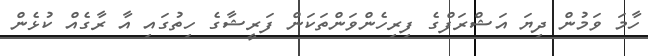
ހާމަ ވަމުން ދިޔަ އަޝްރަފްގެ ފިރިހެންވަންތަކަން ފަރީޝާގެ ހިތުގައި އާ ރާގެއް ކުޅެން